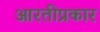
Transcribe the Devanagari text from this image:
आरतीप्रकार